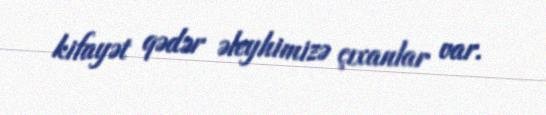
kifayət qədər əleyhimizə çıxanlar var.